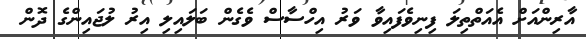
އާރިންއަށް އެއަތްތިލަ ފިނިވެފައިވާ ވަރު އިހްސާސް ވެގެން ބަލައިލި އިރު ލުޖައިންގެ ދޮން